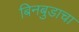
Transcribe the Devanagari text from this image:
बिनबुडाचा